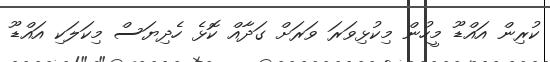
ކުރިން އައްޑޫ މީހުން މިކުޅިވަރަ ވަރަށް ގަދާއް ކޮޅެ ހެދިޔަސް މިކަލަކި އައްޑޫ